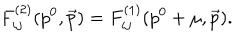
F _ { i j } ^ { ( 2 ) } ( p ^ { 0 } , \vec { p } ) = F _ { i j } ^ { ( 1 ) } ( p ^ { 0 } + \mu , \vec { p } ) .